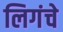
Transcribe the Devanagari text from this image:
लिगंचे